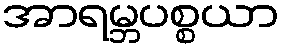
အာရမ္ဘပစ္စယာ